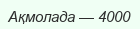
Ақмолада — 4000